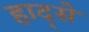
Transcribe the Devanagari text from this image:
हाद्से